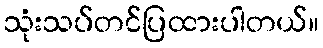
သုံးသပ်တင်ပြထားပါတယ်။